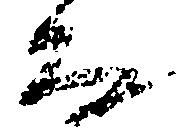
房